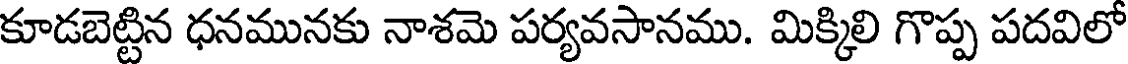
కూడబెట్టిన ధనమునకు నాశమె పర్యవసానము. మిక్కిలి గొప్ప పదవిలో